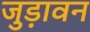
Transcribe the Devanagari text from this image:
जुड़ावन